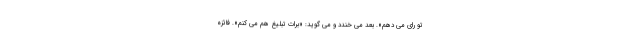
تو رای می دهم». بعد می خندد و می گوید: «برات تبلیغ هم می کنم». فائزه